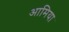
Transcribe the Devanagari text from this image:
आमिया